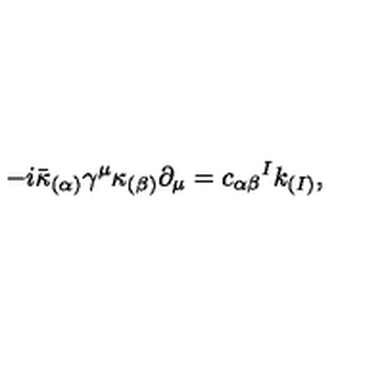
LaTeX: - i \bar { \kappa } _ { ( \alpha ) } \gamma ^ { \mu } \kappa _ { ( \beta ) } \partial _ { \mu } = c _ { \alpha \beta } { } ^ { I } k _ { ( I ) } ,